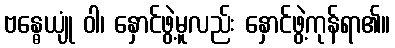
ဗန္ဓေယျုံ ဝါ၊ နှောင်ဖွဲ့မူလည်း နှောင်ဖွဲ့ကုန်ရာ၏။